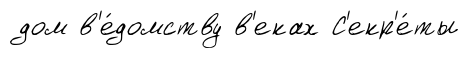
дом в'е́домству в'еках С'екр'е́ты